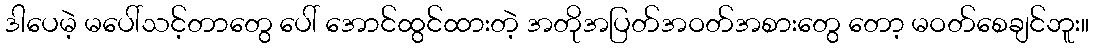
ဒါပေမဲ့ မပေါ်သင့်တာတွေ ပေါ် အောင်ထွင်ထားတဲ့ အတိုအပြတ်အဝတ်အစားတွေ တော့ မဝတ်စေချင်ဘူး။